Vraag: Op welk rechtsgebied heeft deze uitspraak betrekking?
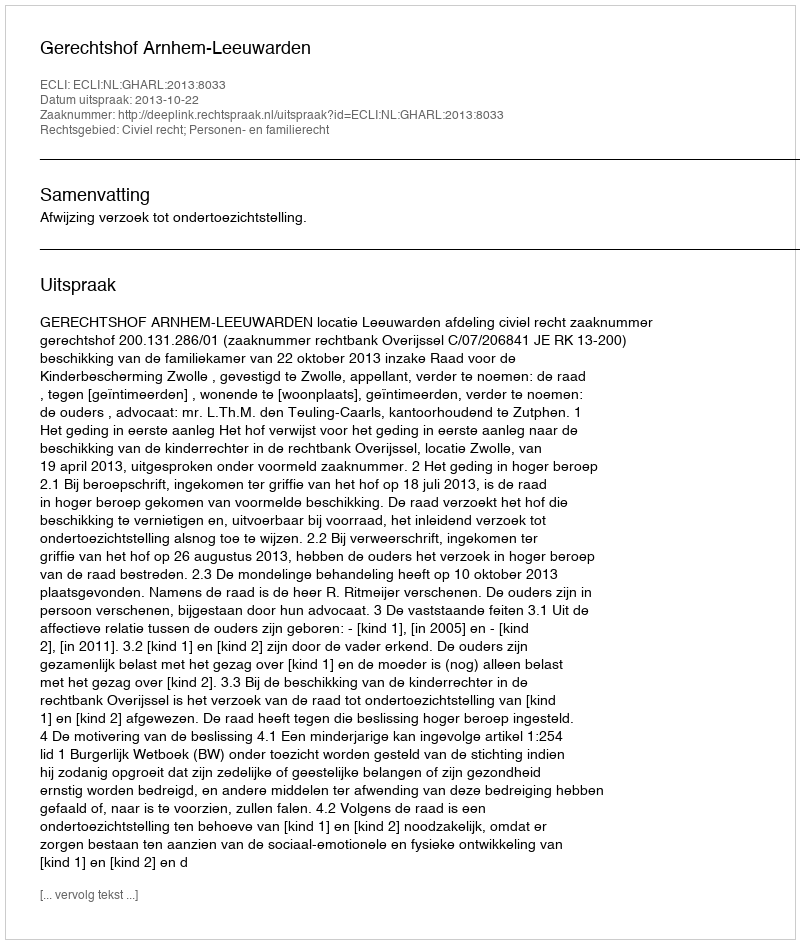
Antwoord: Civiel recht; Personen- en familierecht